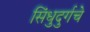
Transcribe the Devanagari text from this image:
सिंधुदुर्गचे